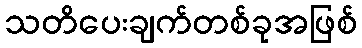
သတိပေးချက်တစ်ခုအဖြစ်